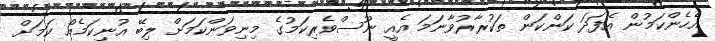
އެހެންކަމުން އެފަދަ ކަންކަން ތަކުރާރުވާނަމަ އެއީ ނޫސްވެރިކަމުގެ މިނިވަންކަމަށް ލިބޭ އުނިކަމެއް ކަމަށް